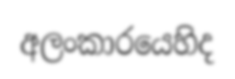
අලංකාරයෙහිද